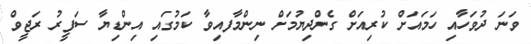
ވަނަ ދުވަހާއި ހަމައަށް ކުރިއަށް ގެންދިޔުމަށް ނިންމާފއިވާ ކަމުގައި އިންޑިޔާ ސަފީރު ރަޖީވް